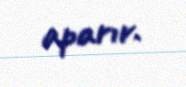
aparır.